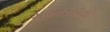
સહતફાવતો